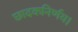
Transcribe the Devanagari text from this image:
छादकनिर्णय।